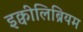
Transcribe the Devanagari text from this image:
इक्वीलिब्रियम